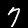
Label: 7